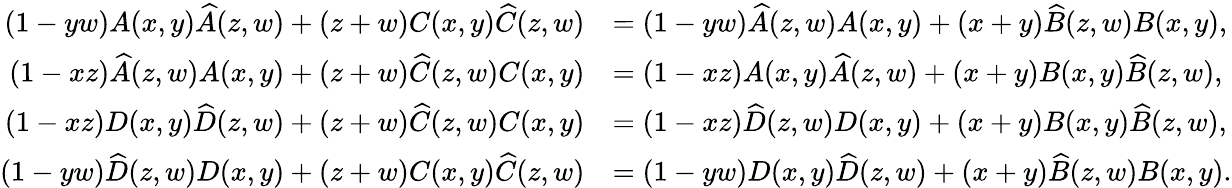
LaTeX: \begin{array}{rl}{(1-yw)A(x,y)\widehat{A}(z,w)+(z+w)C(x,y)\widehat{C}(z,w)}&{=(1-yw)\widehat{A}(z,w)A(x,y)+(x+y)\widehat{B}(z,w)B(x,y),}\\ {(1-xz)\widehat{A}(z,w)A(x,y)+(z+w)\widehat{C}(z,w)C(x,y)}&{=(1-xz)A(x,y)\widehat{A}(z,w)+(x+y)B(x,y)\widehat{B}(z,w),}\\ {(1-xz)D(x,y)\widehat{D}(z,w)+(z+w)\widehat{C}(z,w)C(x,y)}&{=(1-xz)\widehat{D}(z,w)D(x,y)+(x+y)B(x,y)\widehat{B}(z,w),}\\ {(1-yw)\widehat{D}(z,w)D(x,y)+(z+w)C(x,y)\widehat{C}(z,w)}&{=(1-yw)D(x,y)\widehat{D}(z,w)+(x+y)\widehat{B}(z,w)B(x,y).}\end{array}